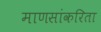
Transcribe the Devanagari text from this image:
माणसांकरिता